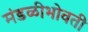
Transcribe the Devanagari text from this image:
मंडळीभोवती